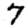
Digit: 7